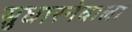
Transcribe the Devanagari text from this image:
सुधारनेवाला